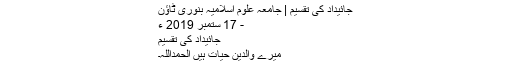
جائیداد کی تقسیم | جامعہ علوم اسلامیہ بنوری ٹاؤن
- 17 ستمبر 2019 ء
جائیداد کی تقسیم
میرے والدین حیات ہیں الحمداللہ۔